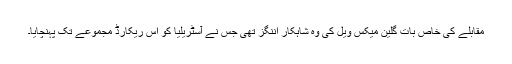
مقابلے کی خاص بات گلین میکس ویل کی وہ شاہکار اننگز تھی جس نے آسٹریلیا کو اس ریکارڈ مجموعے تک پہنچایا۔